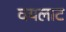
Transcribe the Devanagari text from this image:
वयलाट